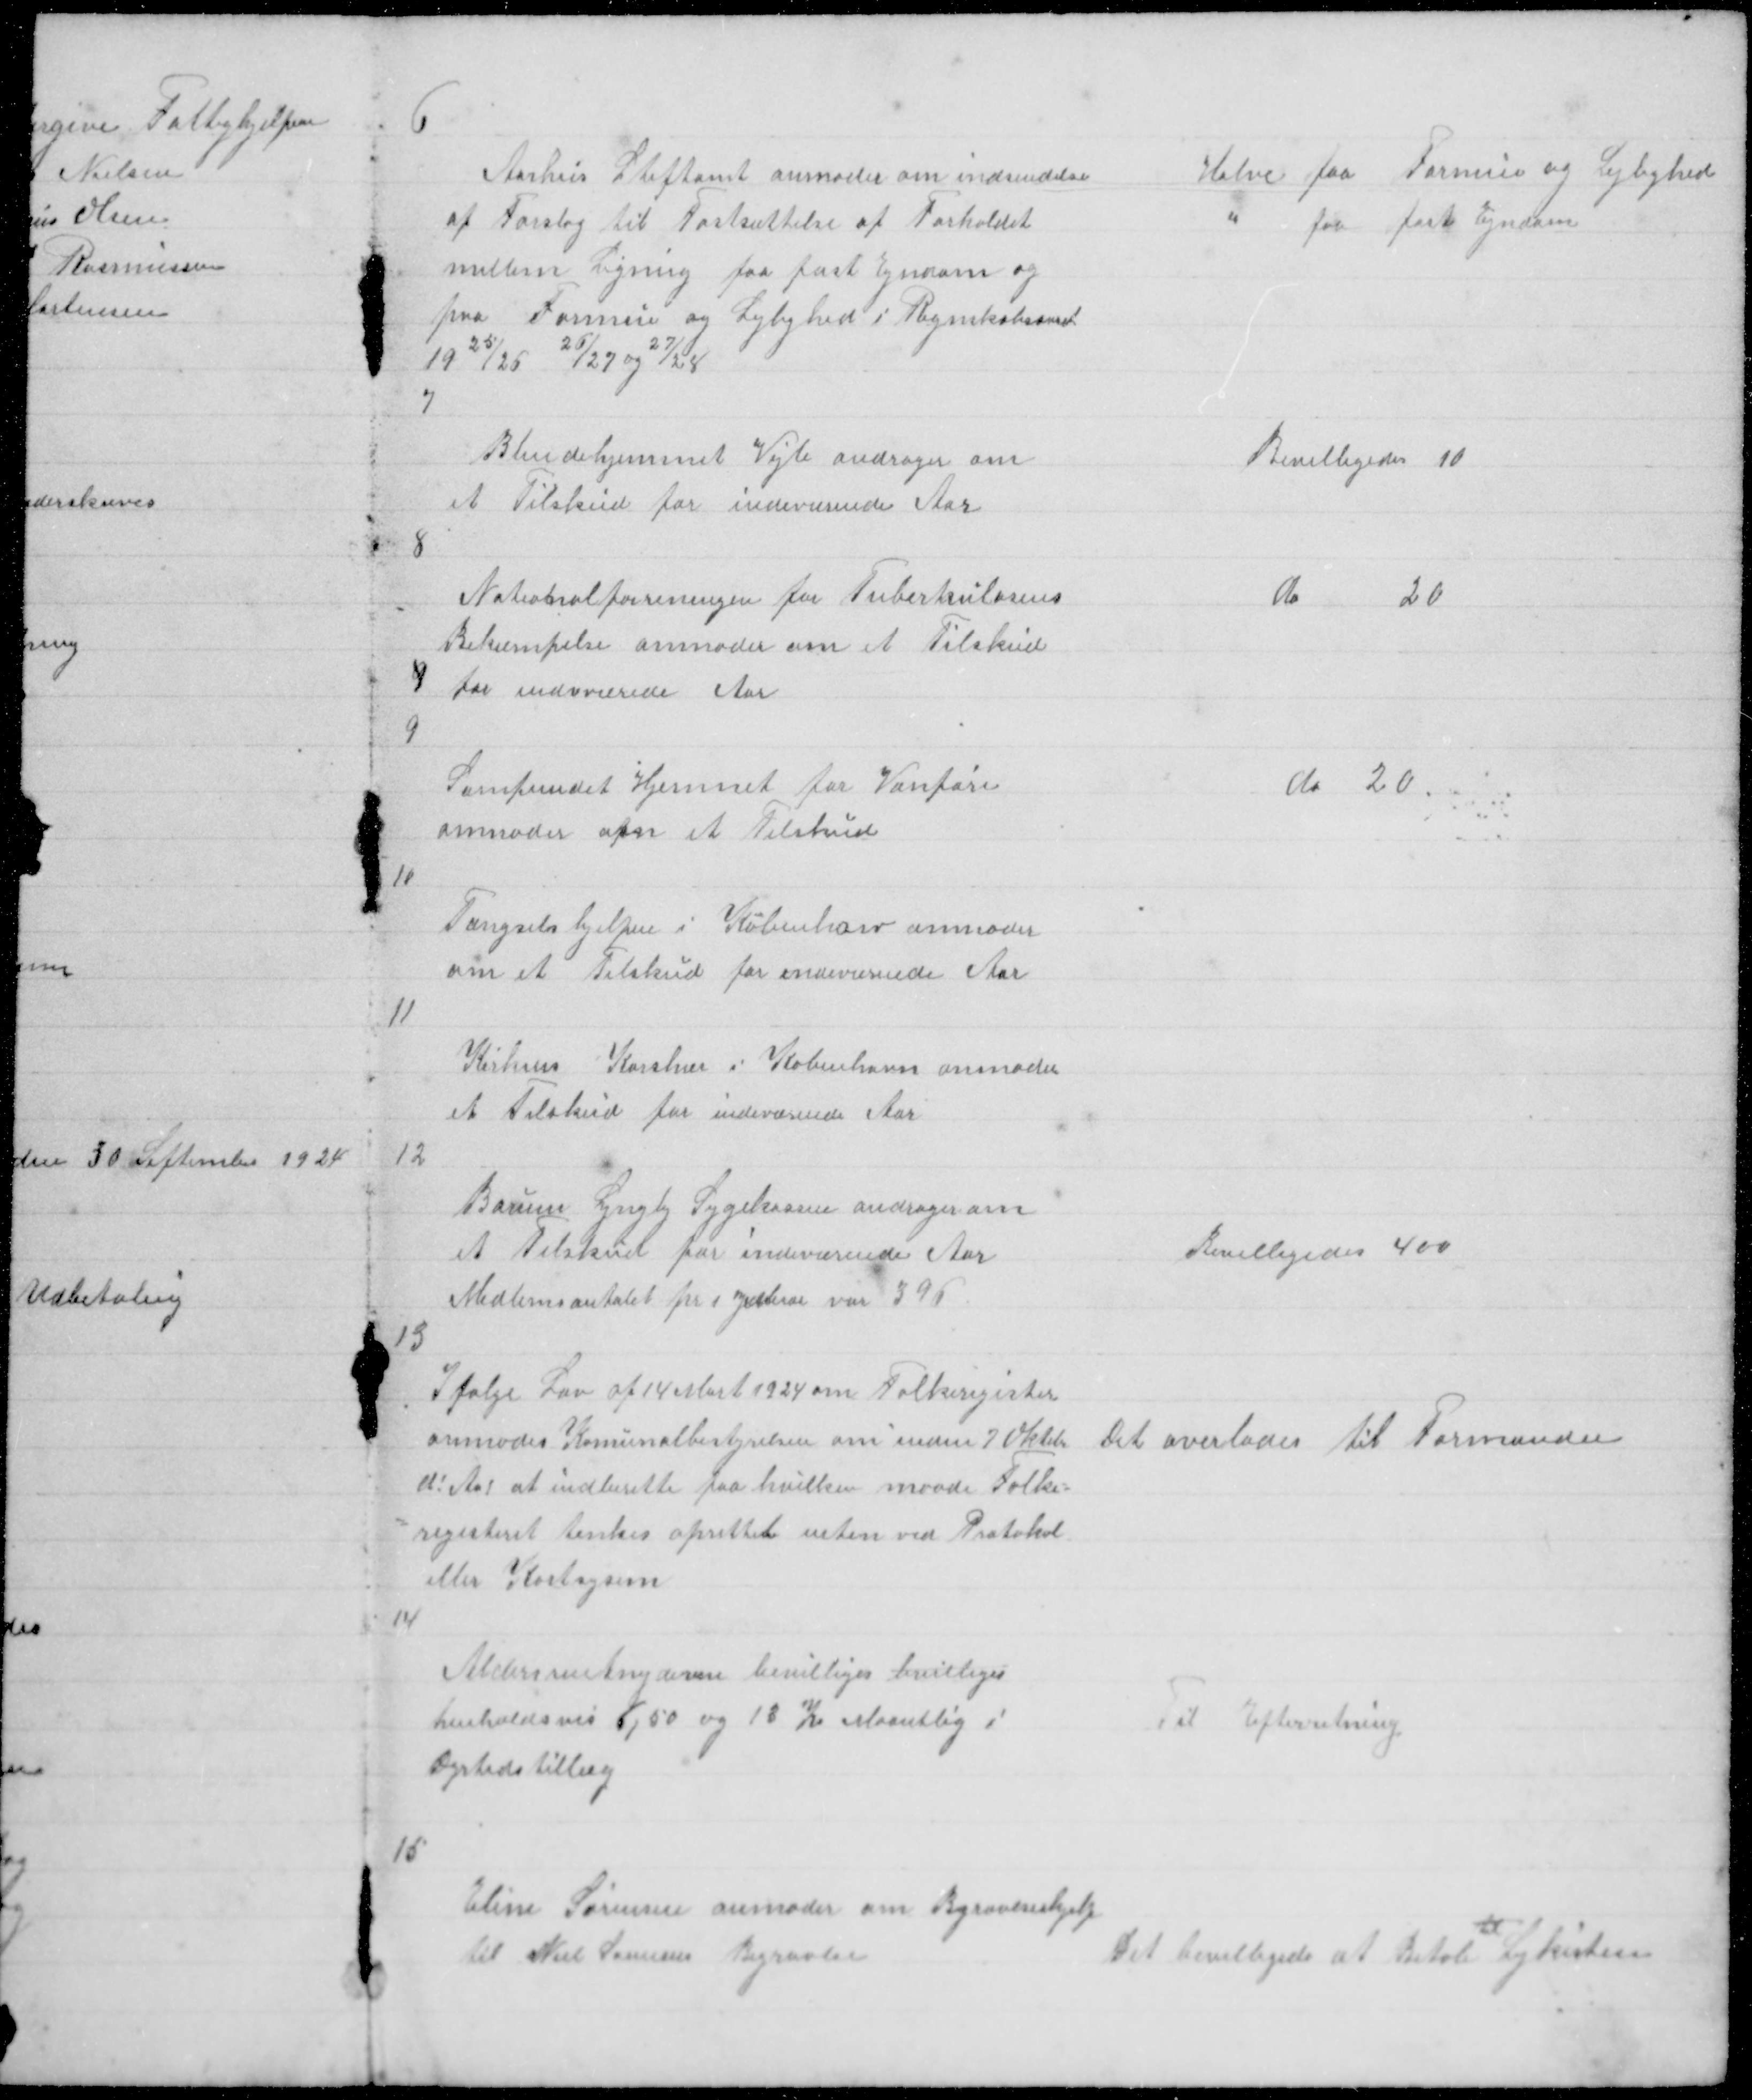
Transskription:
6

Aarhus Stiftamt anmoder om indsendelse
af Forslag til Fastsættelse af Forholdet
mellem Ligning paa fast Ejndom og
paa Formue og Lejlighed i Regnskabsaaret
1925/26 26/27 og 27/28

Halve paa Formue og Lejlighed
" paa fast Ejndom

7

Blindehjemmet Vejle andrager om
et Tilskud for indeværende Aar

Bevilligedes 10

8
Nationalforeningen for Tuberkulosens
Bekæmpelse anmoder om et Tilskud
9 for indeværende Aar

do
20

9

Samfundet Hjemmet for Vanføre
anmoder om et Tilskud

do 20

10

Fængselshjelpen i Københarv anmoder
om et Tilskud for indeværende Aar

11

Kirkens Korshær i København anmoder
et Tilskud for indeværende Aar

12

Borum Lyngby Sygekassen andrager om
et Tilskud for indeværende Aar
Medlemsantalet pr 1 Januar var 396

Bevilligedes 400

13

I følge Lov af 14 Mart 1924 om Folkeregister
anmodes Komunalbestyrelsen om inden 7 Oktober
d: Aar at indberette paa hvilken maade Folke =
= registeret tenkes oprettet enten ved Protokol
eller Kortsysem
14

Det overlades til Formanden

Aldersrentnyderne bevilliges bvilliges
henholdsvis 6,50 og 13 Kr Maantlig i
Dyrtidstillæg

Til Efterretning

15

Eline Sørensen anmoder om Bgravlseshjelp
til Niels Sørensens Begravlse

Det bevilligede at Betal til Ligkisten